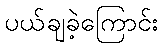
ပယ်ချခဲ့ကြောင်း